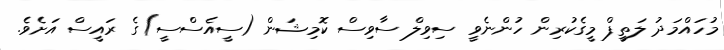
މުހައްމަދު ލަތީފް މީގެކުރިން ހުންނެވީ ސިވިލް ސާވިސް ކޮމިޝަން (ސީއެސްސީ)ގެ ރައީސް އަށެވެ.